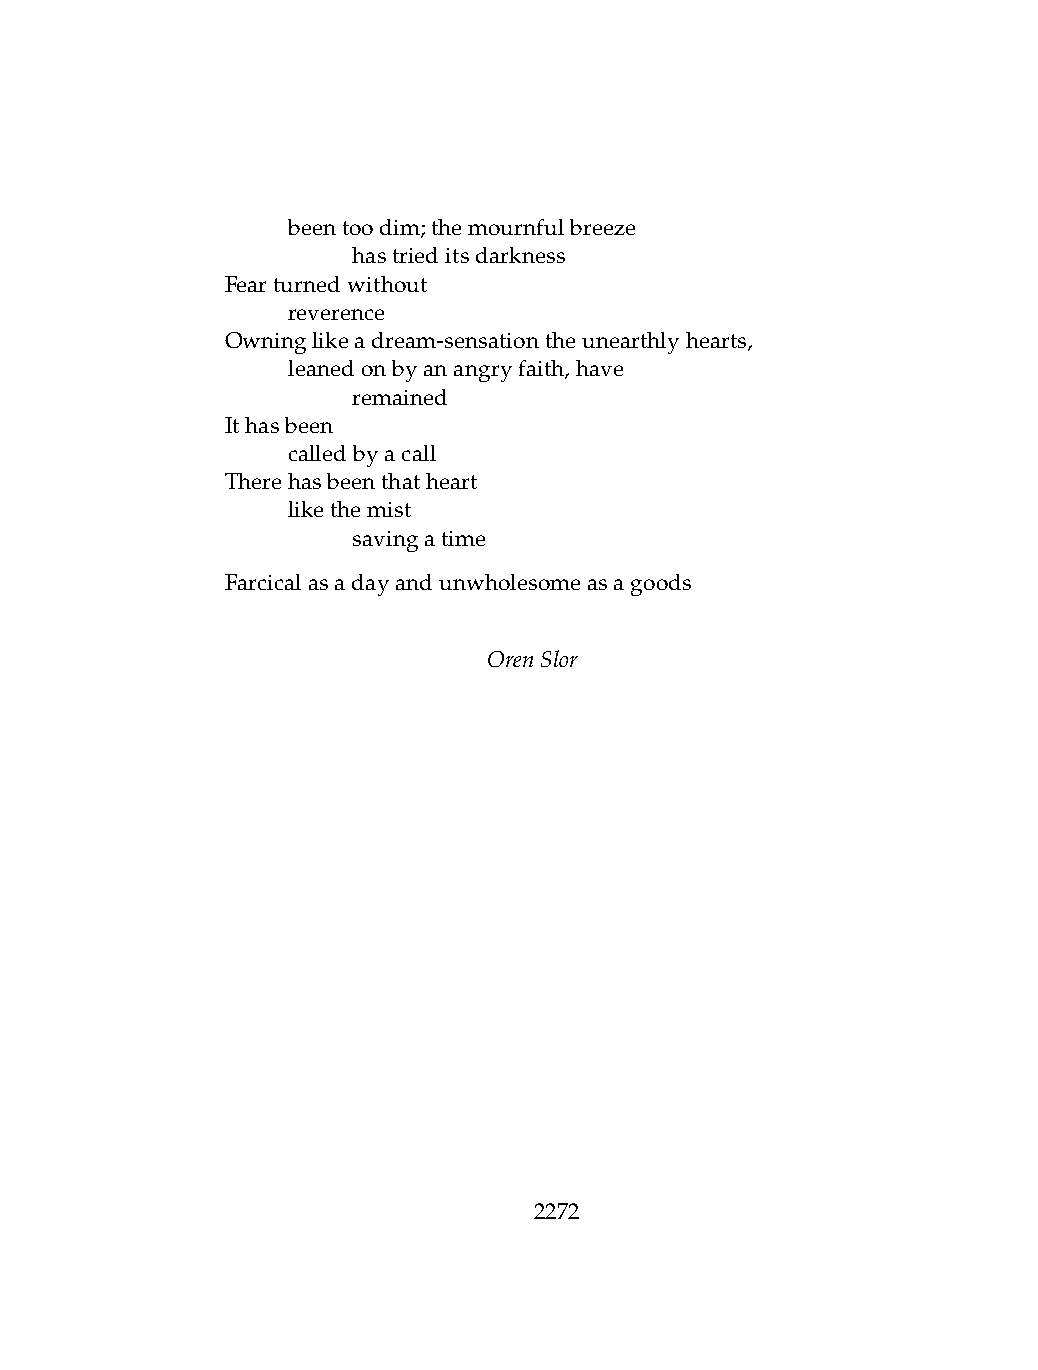
.   beentoodim;themournfulbreeze
 .   .   hastrieditsdarkness
 Fearturnedwithout
 .   reverence
 Owninglikeadream-sensationtheunearthlyhearts,
 .   leanedonbyanangryfaith,have
 .   .   remained
 Ithasbeen
 .   calledbyacall
 Therehasbeenthatheart
 .   likethemist
 .   .   savingatime
 Farcicalasadayandunwholesomeasagoods
 OrenSlor
 2272